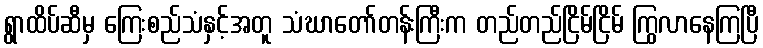
ရွာထိပ်ဆီမှ ကြေးစည်သံနှင့်အတူ သံဃာတော်တန်းကြီးက တည်တည်ငြိမ်ငြိမ် ကြွလာနေကြပြီ